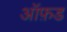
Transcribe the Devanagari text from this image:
आॅफ़ड